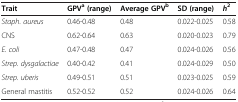
| Trait | GPVa(range) | Average GPVb | SD (range) | h2 |
 | --- | --- | --- | --- | --- |
 | Staph. aureus | 0.46-0.48 | 0.48 | 0.022-0.025 | 0.58 |
 | CNS | 0.62-0.64 | 0.63 | 0.020-0.023 | 0.79 |
 | E. coli | 0.47-0.48 | 0.47 | 0.024-0.026 | 0.56 |
 | Strep. dysgalactiae | 0.40-0.42 | 0.41 | 0.024-0.029 | 0.50 |
 | Strep. uberis | 0.49-0.51 | 0.51 | 0.023-0.025 | 0.59 |
 | General mastitis | 0.52-0.52 | 0.52 | 0.024-0.026 | 0.64 |